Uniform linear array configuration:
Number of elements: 32
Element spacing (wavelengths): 0.25
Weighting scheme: exponential
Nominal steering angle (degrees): -15
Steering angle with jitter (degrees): -14.657
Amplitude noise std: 0.05
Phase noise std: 0.05

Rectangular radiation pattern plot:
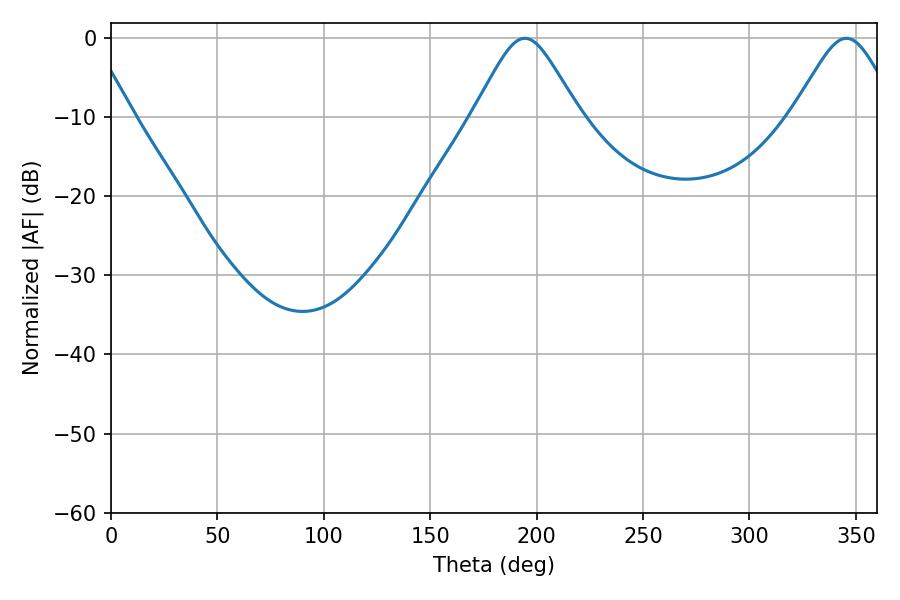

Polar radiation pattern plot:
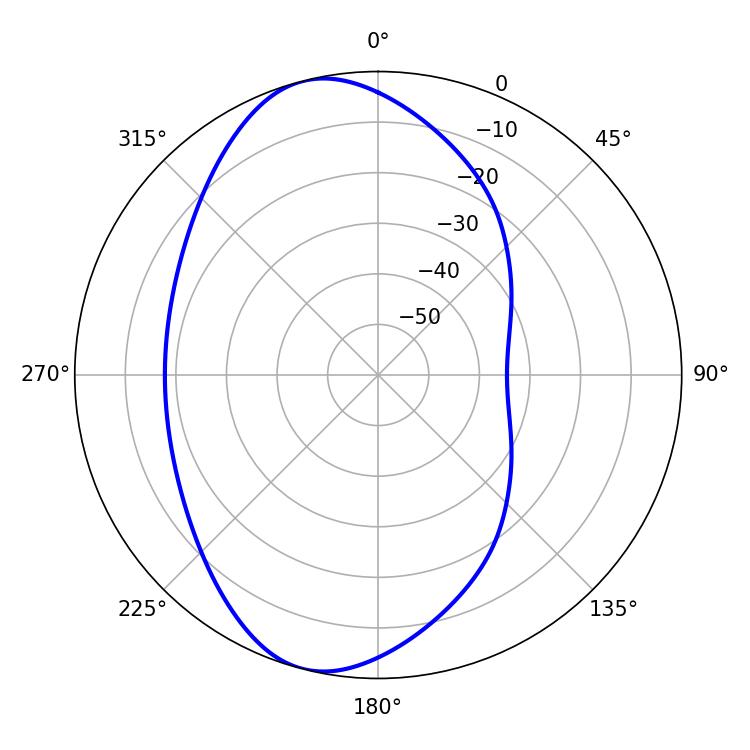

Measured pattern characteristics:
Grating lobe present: FALSE
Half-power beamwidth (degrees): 23.94
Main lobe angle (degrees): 345.6